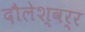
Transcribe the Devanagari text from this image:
दौलेश्वर्र